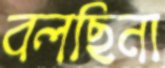
বলছিনা